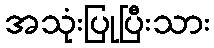
အသုံးပြုပြီးသား